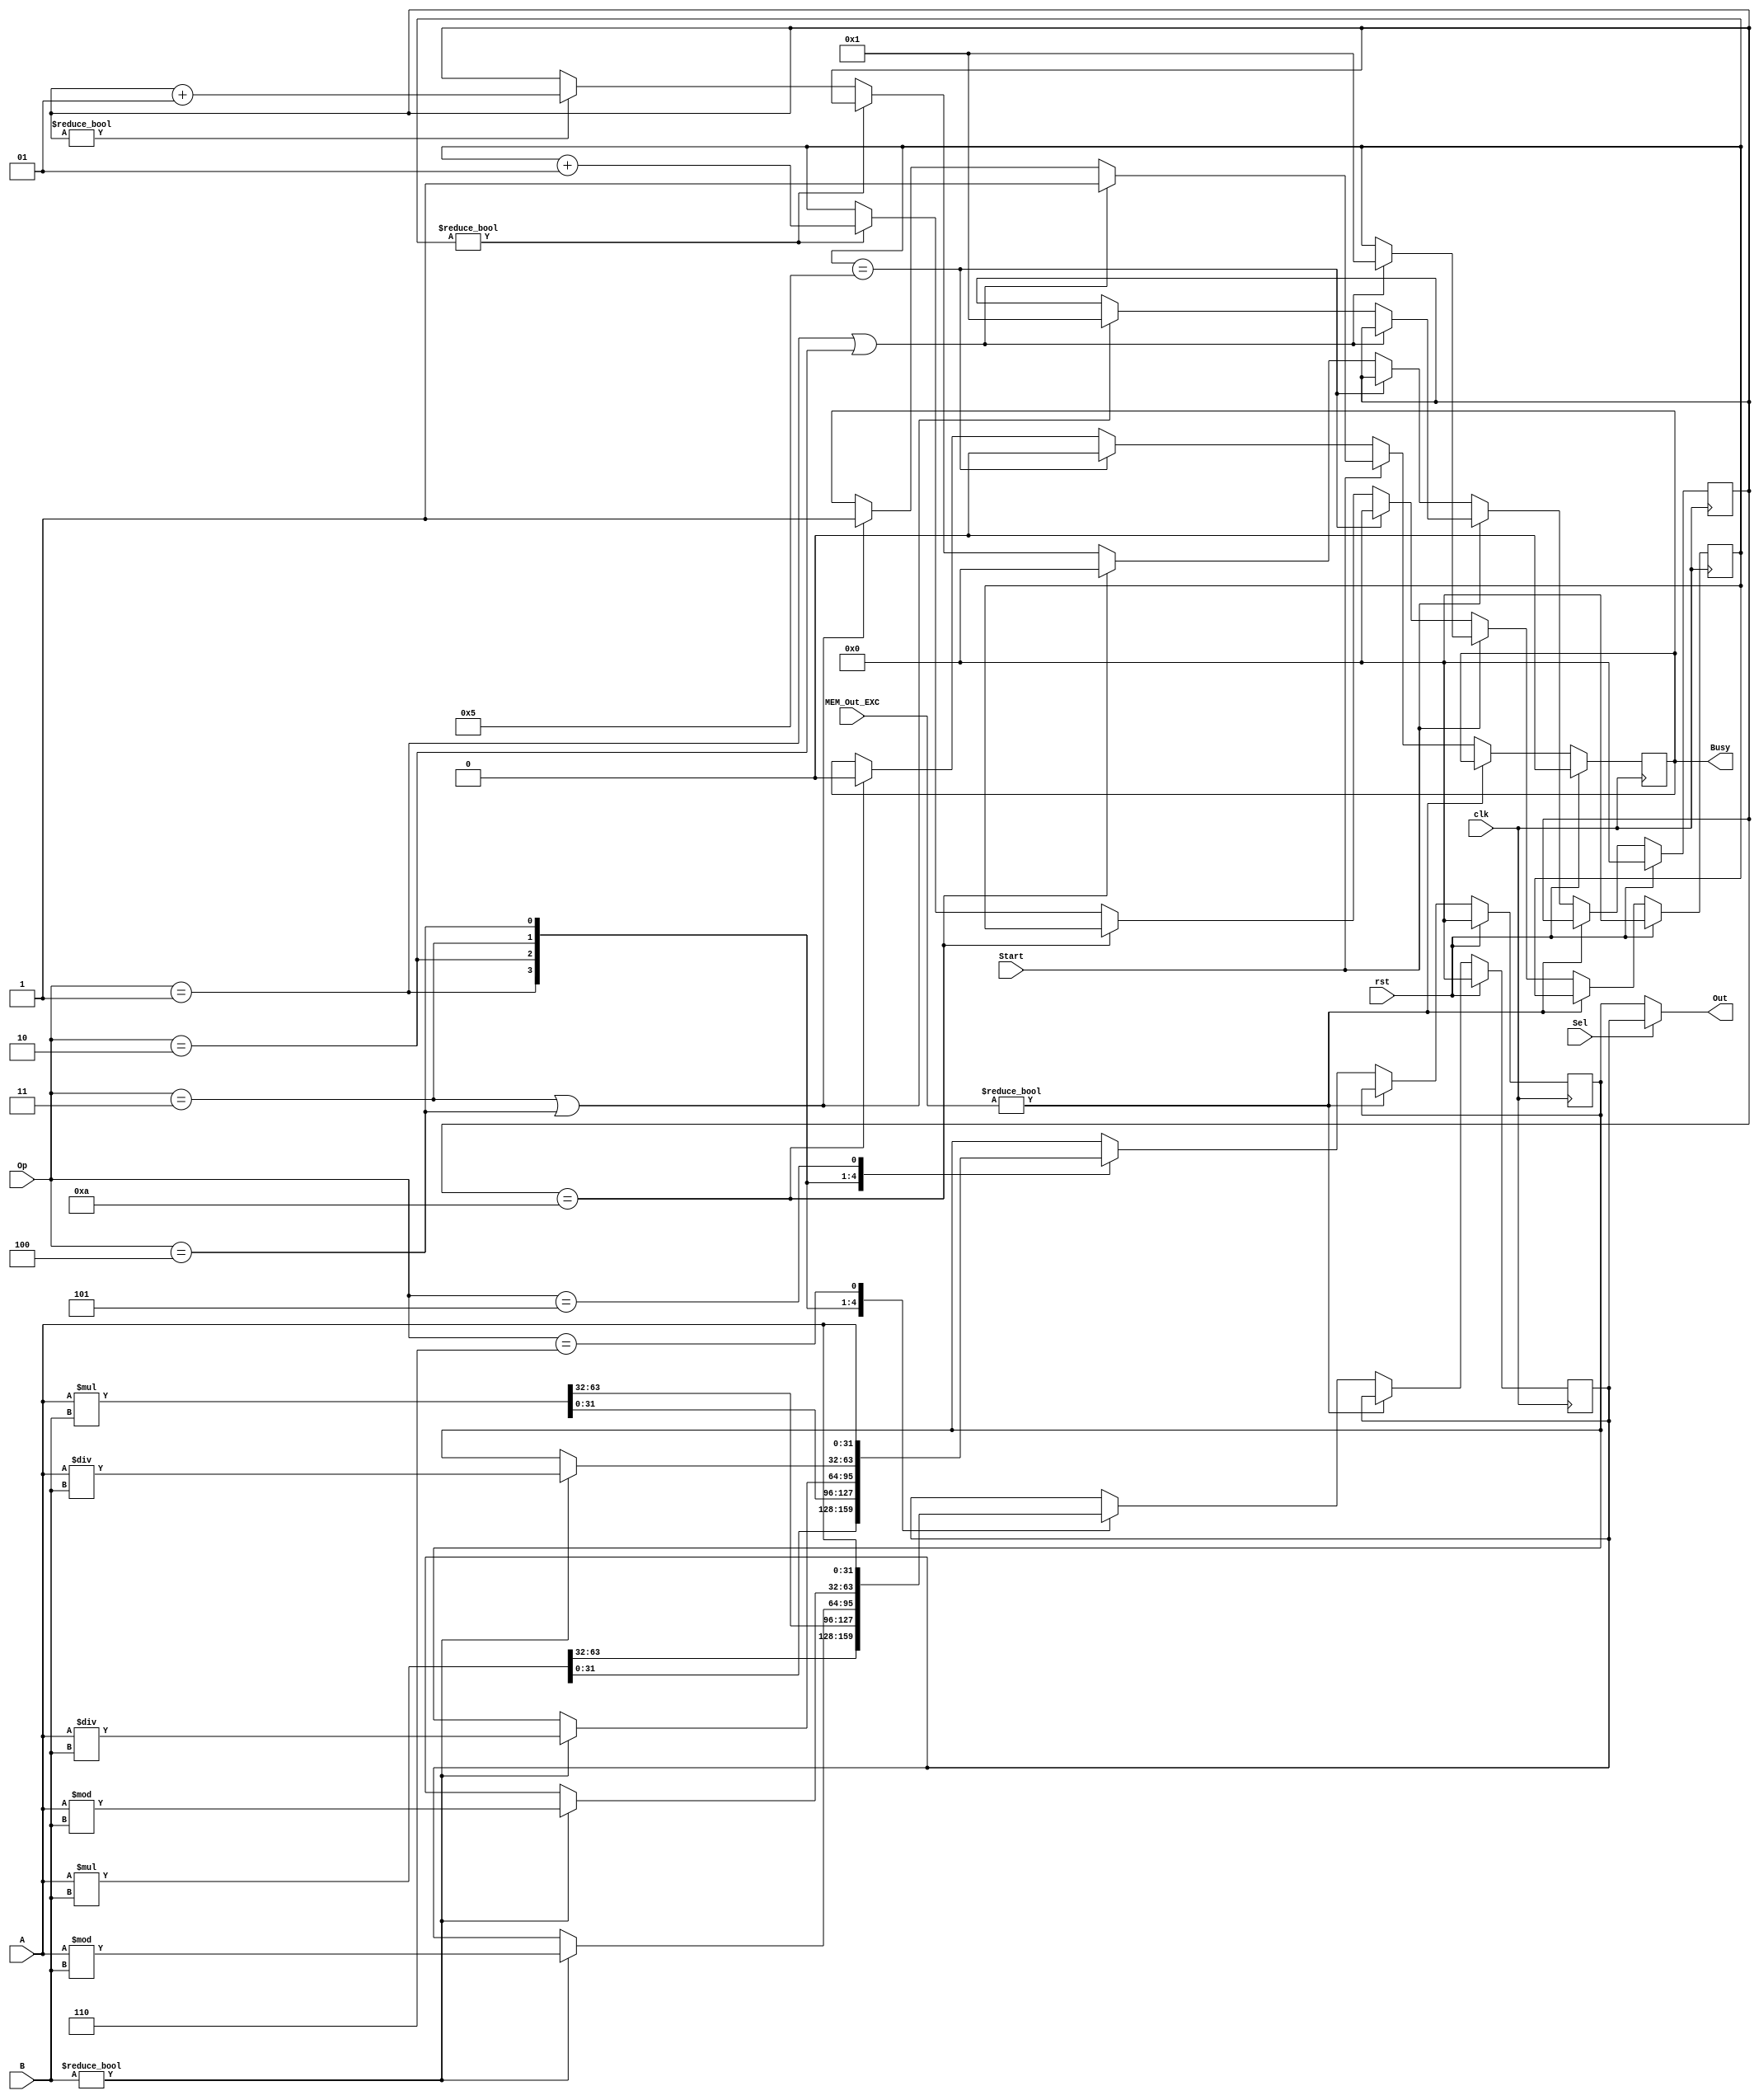
module MDU(	
	input clk,
	input rst,
	input Start,
	input Sel,
	input [31:0] A,
	input [31:0] B,
	input [2:0] Op,
	input [6:0] MEM_Out_EXC,
	output [31:0] Out,
	output reg Busy = 0
    );
	
	reg [31:0] LO = 0;
	reg [31:0] HI = 0;

	integer mult_cnt = 0;
	integer div_cnt = 0; 
	wire cancel = (MEM_Out_EXC != 7'b0);
	assign Out = (Sel == 0) ? LO : HI;					//mflo, mfhi
	
	always @(posedge clk) begin
		if (rst) begin
			Busy = 0;
			HI = 0;
			LO = 0;
			mult_cnt = 0;
			div_cnt = 0;
		end
		else if(!cancel)begin
			case (Op)
				0:	;										//do nothing
				1:	{HI, LO} = $signed(A) * $signed(B);		//mult
				2:	{HI, LO} = A * B;						//multu*/
				3:	if (B != 0) begin						//div
						LO = $signed(A) / $signed(B);
						HI = $signed(A) % $signed(B);
					end
				4:	if (B != 0) begin						//divu
						LO = A / B;
						HI = A % B;
					end
				5:	LO = A;									//mtlo
				6: 	HI = A;									//mthi
			endcase	
			if (Start) begin
				if (Op == 1 || Op == 2) begin
					Busy = 1;
					mult_cnt = 1;
				end
				else if (Op == 3 || Op == 4) begin
					Busy = 1;
					div_cnt = 1;
				end
			end
			else begin
				if (mult_cnt == 5) begin
					Busy = 0;
					mult_cnt = 0;
				end
				else if (div_cnt == 10) begin
					Busy = 0;
					div_cnt = 0;
				end
				else if (mult_cnt != 0)
					mult_cnt = mult_cnt + 1;
				else if (div_cnt != 0)
					div_cnt = div_cnt + 1;
			end
		end
	end

endmodule